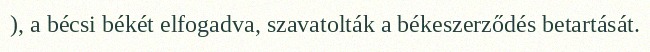
), a bécsi békét elfogadva, szavatolták a békeszerződés betartását.